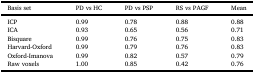
<table><thead><tr><td><b>Basis set</b></td><td><b>PD vs HC</b></td><td><b>PD vs PSP</b></td><td><b>RS vs PAGF</b></td><td><b>Mean</b></td></tr></thead><tbody><tr><td>ICP</td><td>0.99</td><td>0.78</td><td>0.88</td><td>0.88</td></tr><tr><td>ICA</td><td>0.93</td><td>0.65</td><td>0.56</td><td>0.71</td></tr><tr><td>Bisquare</td><td>0.99</td><td>0.76</td><td>0.75</td><td>0.83</td></tr><tr><td>Harvard-Oxford</td><td>0.99</td><td>0.79</td><td>0.76</td><td>0.83</td></tr><tr><td>Oxford-Imanova</td><td>0.99</td><td>0.82</td><td>0.57</td><td>0.79</td></tr><tr><td>Raw voxels</td><td>1.00</td><td>0.85</td><td>0.42</td><td>0.76</td></tr></tbody></table>